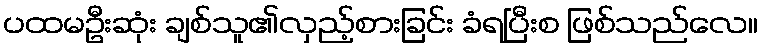
ပထမဦးဆုံး ချစ်သူ၏လှည့်စားခြင်း ခံရပြီးစ ဖြစ်သည်လေ။